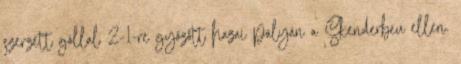
szerzett góllal 2-1-re győzött hazai pályán a Skenderbeu ellen.